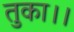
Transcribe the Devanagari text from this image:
तुका।।